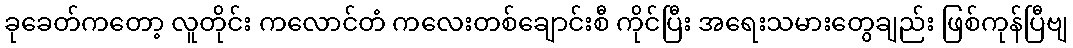
ခုခေတ်ကတော့ လူတိုင်း ကလောင်တံ ကလေးတစ်ချောင်းစီ ကိုင်ပြီး အရေးသမားတွေချည်း ဖြစ်ကုန်ပြီဗျ